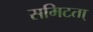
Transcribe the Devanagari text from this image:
समिटता्